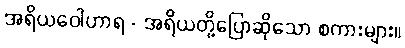
အရိယဝေါဟာရ - အရိယတို့ပြောဆိုသော စကားများ။